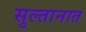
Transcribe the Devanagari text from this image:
सुल्तानात